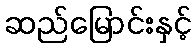
ဆည်မြောင်းနှင့်